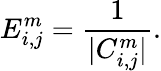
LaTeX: E_{i,j}^{m}=\frac{1}{|C_{i,j}^{m}|}.